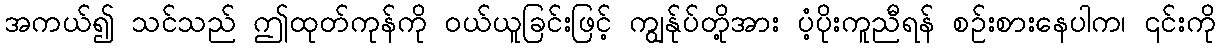
အကယ်၍ သင်သည် ဤထုတ်ကုန်ကို ဝယ်ယူခြင်းဖြင့် ကျွန်ုပ်တို့အား ပံ့ပိုးကူညီရန် စဉ်းစားနေပါက၊ ၎င်းကို